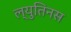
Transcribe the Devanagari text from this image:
ल्युतिनस